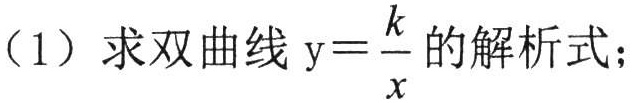
（1）求双曲线\(y = \dfrac{k}{x}\)的解析式；